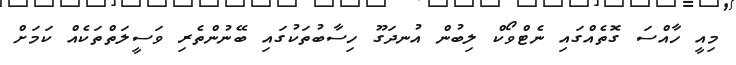
މިއީ ހާއްސަ ގޮތެއްގައި ނެޓްވޯކް ލިބުން އުނދަގޫ ހިސާބުތަކުގައި ބޭނުންތެރި ވަސީލަތްތަކެއް ކަމަށް